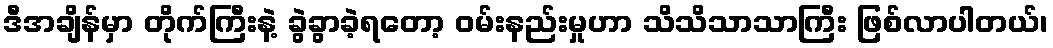
ဒီအချိန်မှာ တိုက်ကြီးနဲ့ ခွဲခွာခဲ့ရတော့ ဝမ်းနည်းမှုဟာ သိသိသာသာကြီး ဖြစ်လာပါတယ်၊